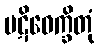
ပဋိဝေက္ခိတုံ